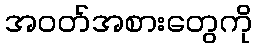
အဝတ်အစားတွေကို